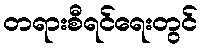
တရားစီရင်ရေးတွင်